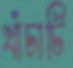
খাঁচাটি